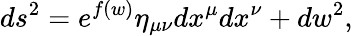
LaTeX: ds^{2}=e^{f(w)}\eta_{\mu\nu}dx^{\mu}dx^{\nu}+dw^{2},